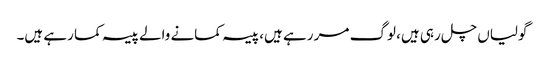
گولیاں چل رہی ہیں، لوگ مر رہے ہیں، پیسہ کمانے والے پیسہ کما رہے ہیں۔